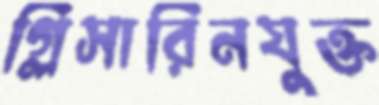
গ্লিসারিনযুক্ত